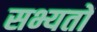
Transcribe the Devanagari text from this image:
सभ्यतों